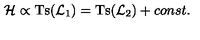
{ \cal H } \propto \mathrm { T s } ( { \cal L } _ { 1 } ) = \mathrm { T s } ( { \cal L } _ { 2 } ) + c o n s t .